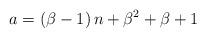
LaTeX: \begin{align*}a=\left(\beta-1\right)n+\beta^{2}+\beta+1\end{align*}